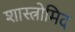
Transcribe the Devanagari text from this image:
शास्त्रोमिद